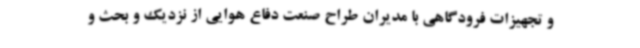
و تجهیزات فرودگاهی با مدیران طراح صنعت دفاع هوایی از نزدیک و بحث و